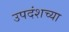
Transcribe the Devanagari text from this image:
उपदंशच्या